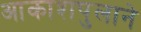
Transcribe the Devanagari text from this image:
आकाशपुलाने